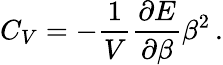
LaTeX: C_{V}=-\frac 1V\frac{\partial E}{\partial\beta}\beta^{2}\, .